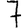
Digit: 7